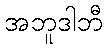
အဘူဒါဘီ